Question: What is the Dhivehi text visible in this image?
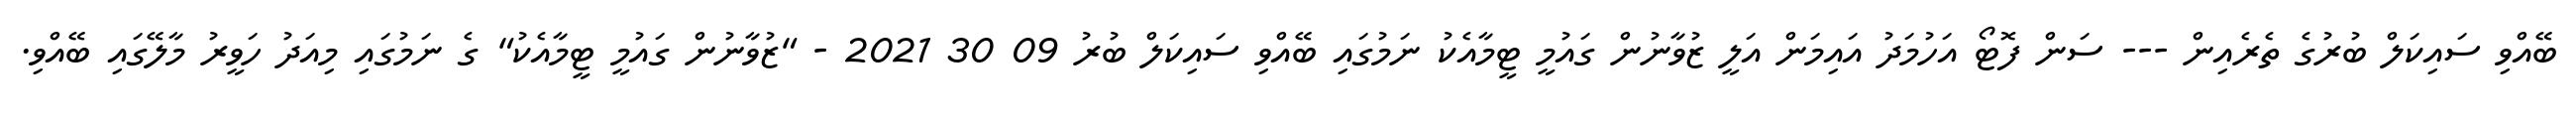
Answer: ބޭއްވި ސައިކަލް ބުރުގެ ތެރެއިން --- ސަން ފޮޓޯ އަހުމަދު އައިމަން އަލީ ޒުވާނުން ގައުމީ ޓީމާއެކު ނަމުގައި ބޭއްވި ސައިކަލް ބުރު 09 30 2021 - "ޒުވާނުން ގައުމީ ޓީމާއެކު" ގެ ނަމުގައި މިއަދު ހަވީރު މާލޭގައި ބޭއްވި.